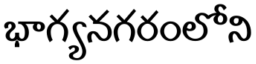
భాగ్యనగరంలోని